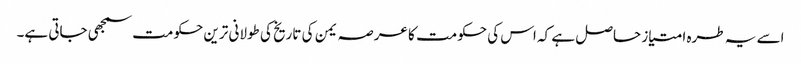
اسے یہ طرہ امتیاز حاصل ہے کہ اس کی حکومت کا عرصہ یمن کی تاریخ کی طولانی ترین حکومت سمجھی جاتی ہے۔